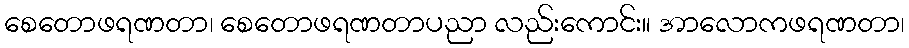
စေတောဖရဏတာ၊ စေတောဖရဏတာပညာ လည်းကောင်း။ အာလောကဖရဏတာ၊